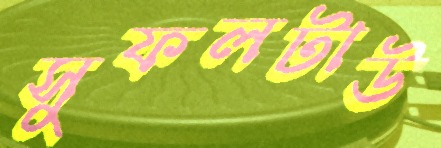
সুফলটাউ